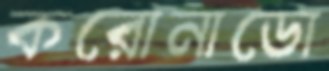
করোনাডো